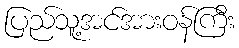
ပြည်သူ့အင်အားဝန်ကြီး